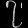
Digit: ၇